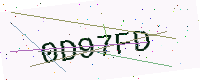
Text: 0D97FD